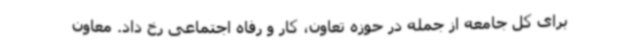
برای کل جامعه از جمله در حوزه تعاون، کار و رفاه اجتماعی رخ داد. معاون